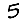
Digit: 5